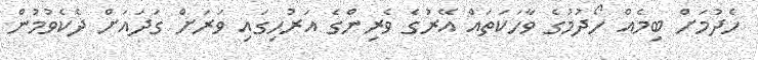
ހެދުމަށް ބިމެއް ހޯދުމުގެ ވާހަކަތައް އޭރުގެ ވެރިންގެ އަރުހިގައި ވަރަށް ގަދައަށް ދެކެވުމުން